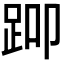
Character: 𬦨